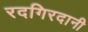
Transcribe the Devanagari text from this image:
रदगिरदानी